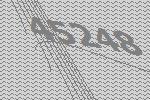
45248